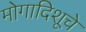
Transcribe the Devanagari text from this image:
मोगादिशूचे